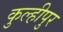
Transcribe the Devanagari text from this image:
कुल्हीपुर